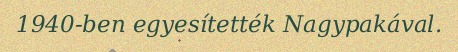
1940-ben egyesítették Nagypakával.